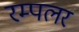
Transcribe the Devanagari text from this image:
रम्पलर